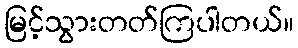
မြင့်သွားတတ်ကြပါတယ်။